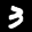
Label: 3